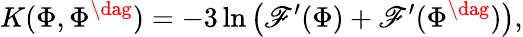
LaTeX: K(\Phi,\Phi^{\dag})=-3\ln\big(\mathscr{F}^{\prime}(\Phi)+\mathscr{F}^{\prime}(\Phi^{\dag})\big),